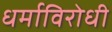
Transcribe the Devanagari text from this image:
धर्माविरोधी